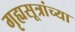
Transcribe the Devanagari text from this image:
गृह्यसूत्रांच्या